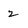
Character: 2